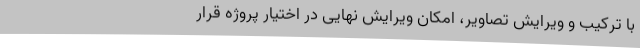
با ترکیب و ویرایش تصاویر، امکان ویرایش نهایی در اختیار پروژه قرار